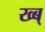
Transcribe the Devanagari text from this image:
ख्ब्